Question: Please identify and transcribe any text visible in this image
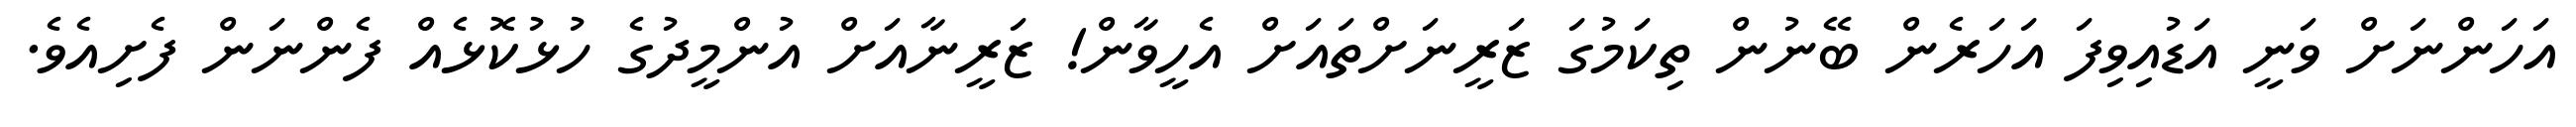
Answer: އަހަންނަށް ވަނީ އަޑުއިވިފަ އަހަރެން ބޭނުން ތިކަމުގަ ޒަރީނަށްތައަށް އެހީވާން! ޒަރީނާއަށް އުންމީދުގެ ހުޅުކޮޅެއް ފެންނަން ފެށިއެވެ.